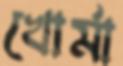
খোর্মা